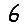
Digit: 6